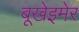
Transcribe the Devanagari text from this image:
बूखेइमेर